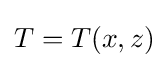
T=T(x,z)